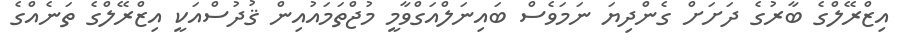
އިޒްރޭލްގެ ބާރުގެ ދަށަށް ގެންދިޔަ ނަމަވެސް ބައިނަލްއަގްވާމީ މުޖްތަމައުއިން ޤުދުސްއަކީ އިޒްރޭލްގެ ތަނެއްގެ